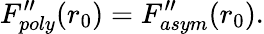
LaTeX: F_{poly}^{\prime\prime}(r_{0})=F_{asym}^{\prime\prime}(r_{0}).